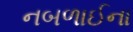
નબળાઈના